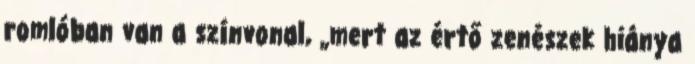
romlóban van a színvonal, „mert az értő zenészek hiánya